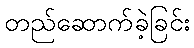
တည်ဆောက်ခဲ့ခြင်း